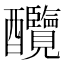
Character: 𨤋